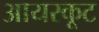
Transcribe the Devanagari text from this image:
आयरकूट